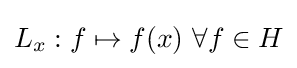
L_{x}:f\mapsto f(x){\text{   }}\forall f\in H